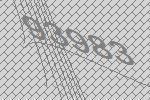
93983